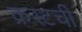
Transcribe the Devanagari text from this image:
क्रस्टची